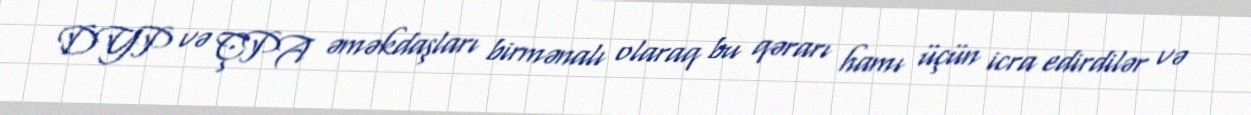
DYP və ÇPA əməkdaşları birmənalı olaraq bu qərarı hamı üçün icra edirdilər və